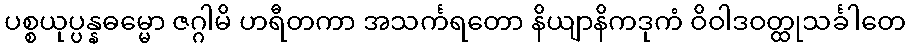
ပစ္စယုပ္ပန္နဓမ္မော ဇဂ္ဂါမိ ဟရီတကာ အသင်္ကရတော နိယျာနိကဒုကံ ဝိဝါဒဝတ္ထုသင်္ခါတေ